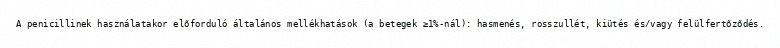
A penicillinek használatakor előforduló általános mellékhatások (a betegek ≥1%-nál): hasmenés, rosszullét, kiütés és/vagy felülfertőződés.